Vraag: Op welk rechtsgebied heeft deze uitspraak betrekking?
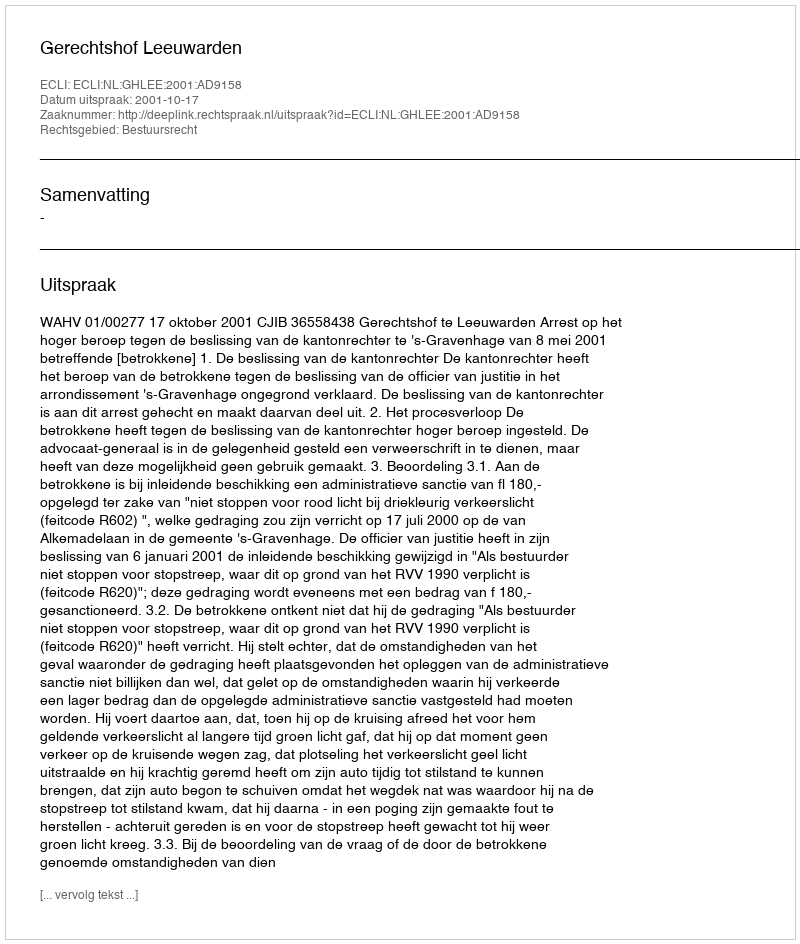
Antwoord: Bestuursrecht